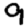
Digit: 9